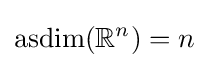
\operatorname {asdim} (\mathbb {R} ^{n})=n